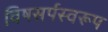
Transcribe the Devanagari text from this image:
विषसर्पस्वरूप